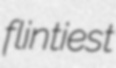
flintiest